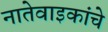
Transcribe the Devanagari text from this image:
नातेवाइकांचे